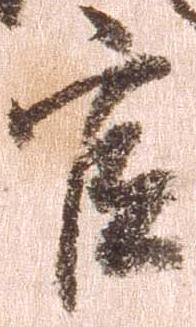
官